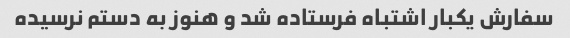
سفارش یکبار اشتباه فرستاده شد و هنوز به دستم نرسیده